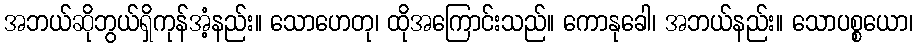
အဘယ်ဆိုဘွယ်ရှိကုန်အံ့နည်း။ သောဟေတု၊ ထိုအကြောင်းသည်။ ကောနုခေါ၊ အဘယ်နည်း။ သောပစ္စယော၊